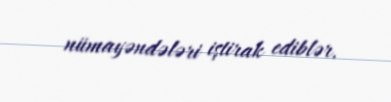
nümayəndələri iştirak ediblər.